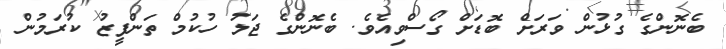
ބެނޮންގެ ގުޅުން ވަރަށް ބޮޑަށް ގޯސްވިއެވެ. ބެނޮންގެ ޖަލު ހުކުމް ތަންފީޒު ކުރަމުން